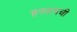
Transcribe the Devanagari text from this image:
हरवायची